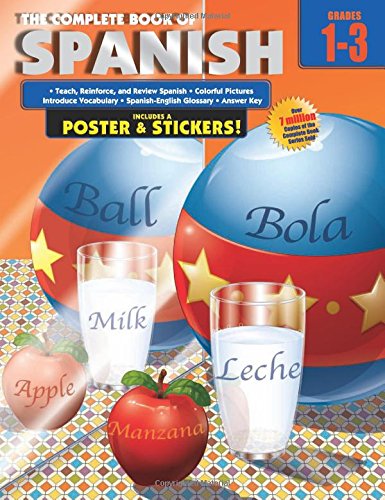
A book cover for The Complete Book of Spanish, Grades 1 - 3; Children's Books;